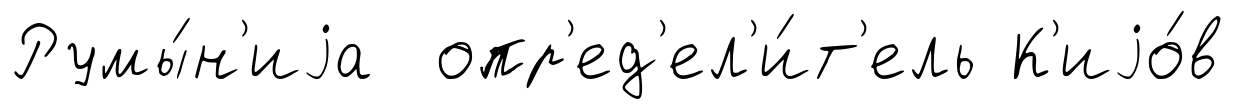
Румы́н'иjа опр'ед'ел'и́т'ель К'иjо́в